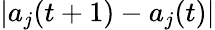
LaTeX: |a_{j}(t+1)-a_{j}(t)|